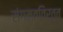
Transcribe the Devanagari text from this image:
संगमतविर्त्त